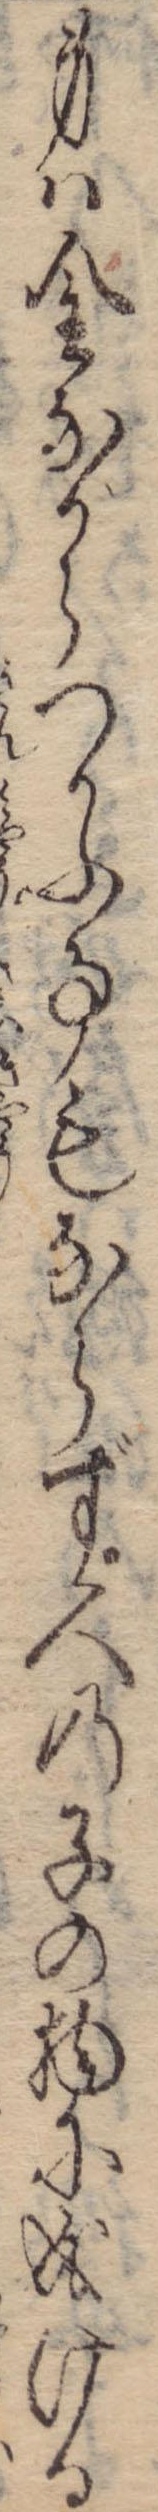
身は金ながらつかふ事もならず人の子の物に成ける